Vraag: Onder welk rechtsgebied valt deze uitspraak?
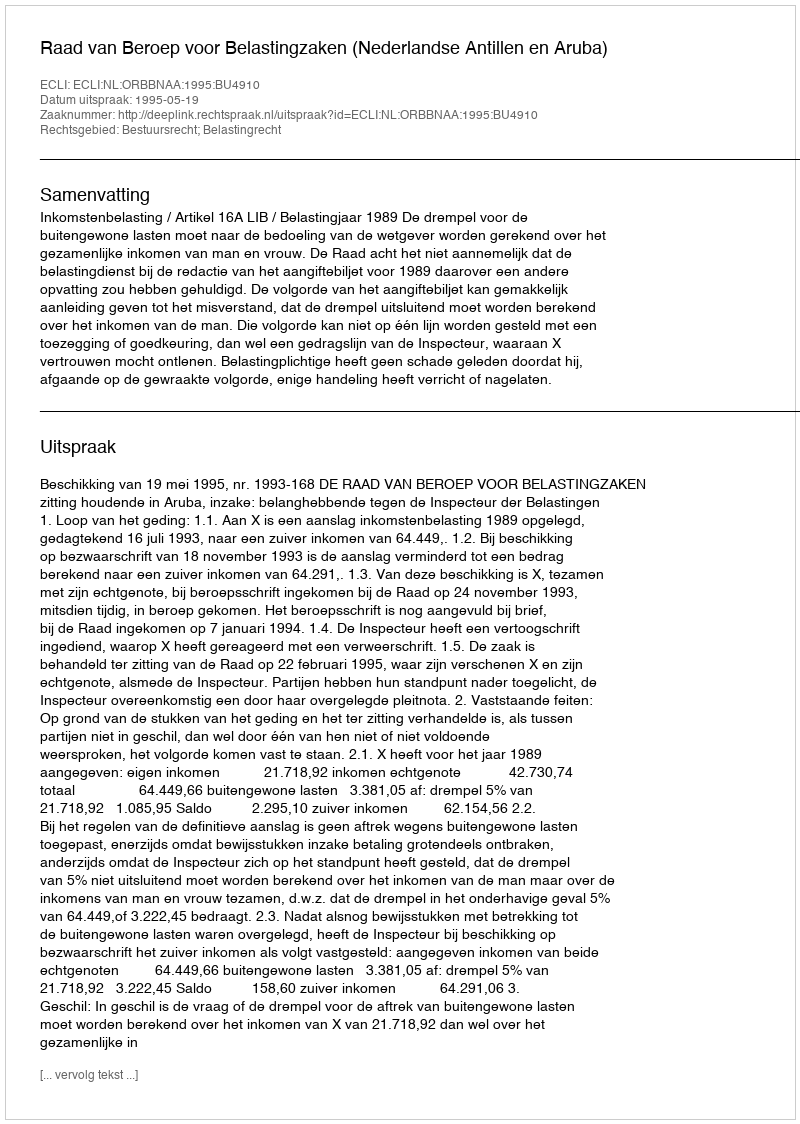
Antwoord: Bestuursrecht; Belastingrecht